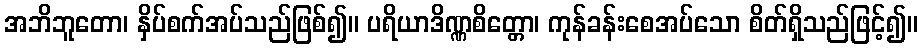
အဘိဘူတော၊ နှိပ်စက်အပ်သည်ဖြစ်၍။ ပရိယာဒိဏ္ဏစိတ္တော၊ ကုန်ခန်းစေအပ်သော စိတ်ရှိသည်ဖြင့်၍။